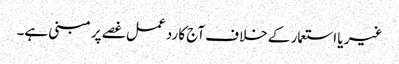
غیر یا استعمار کے خلاف آج کا رد عمل غصے پر مبنی ہے۔